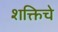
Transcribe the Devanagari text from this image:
शक्तिचे